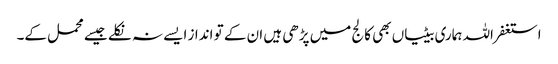
استغفر اللہ ہماری بیٹیاں بھی کالج میں پڑھی ہیں ان کے تو انداز ایسے نہ نکلے جیسے محمل کے۔